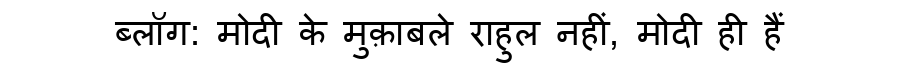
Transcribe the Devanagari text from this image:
ब्लॉग: मोदी के मुक़ाबले राहुल नहीं, मोदी ही हैं